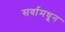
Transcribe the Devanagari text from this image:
सर्वामधून